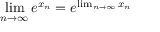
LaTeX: \operatorname* { l i m } _ { n \to \infty } e ^ { x _ { n } } = e ^ { \operatorname* { l i m } _ { n \to \infty } x _ { n } }